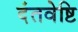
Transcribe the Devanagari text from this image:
दंतवेष्टि